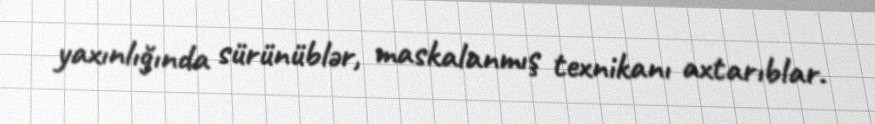
yaxınlığında sürünüblər, maskalanmış texnikanı axtarıblar.